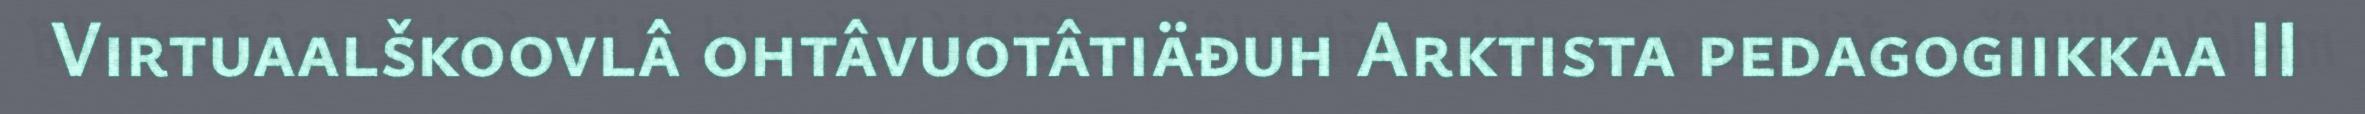
Virtuaalškoovlâ ohtâvuotâtiäđuh Arktista pedagogiikkaa II